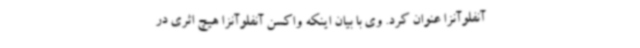
آنفلوآنزا عنوان کرد. وی با بیان اینکه واکسن آنفلوآنزا هیچ اثری در